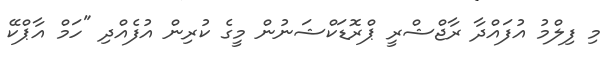
މި ފިލްމު އުފައްދާ ރާޖްޝްރީ ޕްރޮޑަކްޝަނުން މީގެ ކުރިން އުފެއްދި "ހަމް އާޕްކޭ